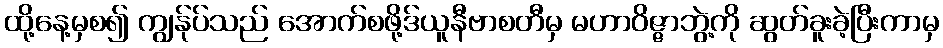
ထို့နေ့မှစ၍ ကျွန်ုပ်သည် အောက်စဖို့ဒ်ယူနီဗာစတီမှ မဟာဝိဇ္ဇာဘွဲ့ကို ဆွတ်ခူးခဲ့ပြီးကာမှ